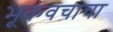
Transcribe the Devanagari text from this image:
भूकवचाचा